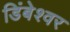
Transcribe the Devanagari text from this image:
डिंबेश्वर